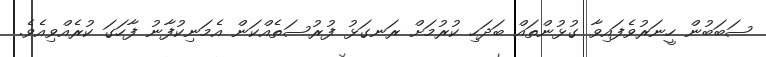
ސަބަބުން ހީނަރުވެފައިވާ ގުޅުންތައް ބަދަހި ކުރުމަށް ރަނގަޅު ފުރުސަތެއްކަން އެމަނިކުފާނު ފާހަގަ ކުރެއްވިއެވެ.